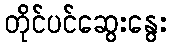
တိုင်ပင်ဆွေးနွေး